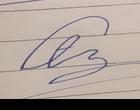
Signature authenticity: forged